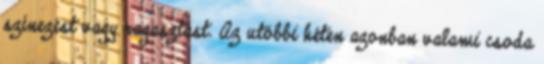
színezést vagy ragasztást. Az utóbbi héten azonban valami csoda